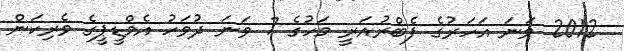
2012 ވަނަ އަހަރުގެ ފެބްރުއަރީ މަހުގެ 7 ވަނަ ދުވަހު އެމްޑީޕީގެ ވެރިކަން